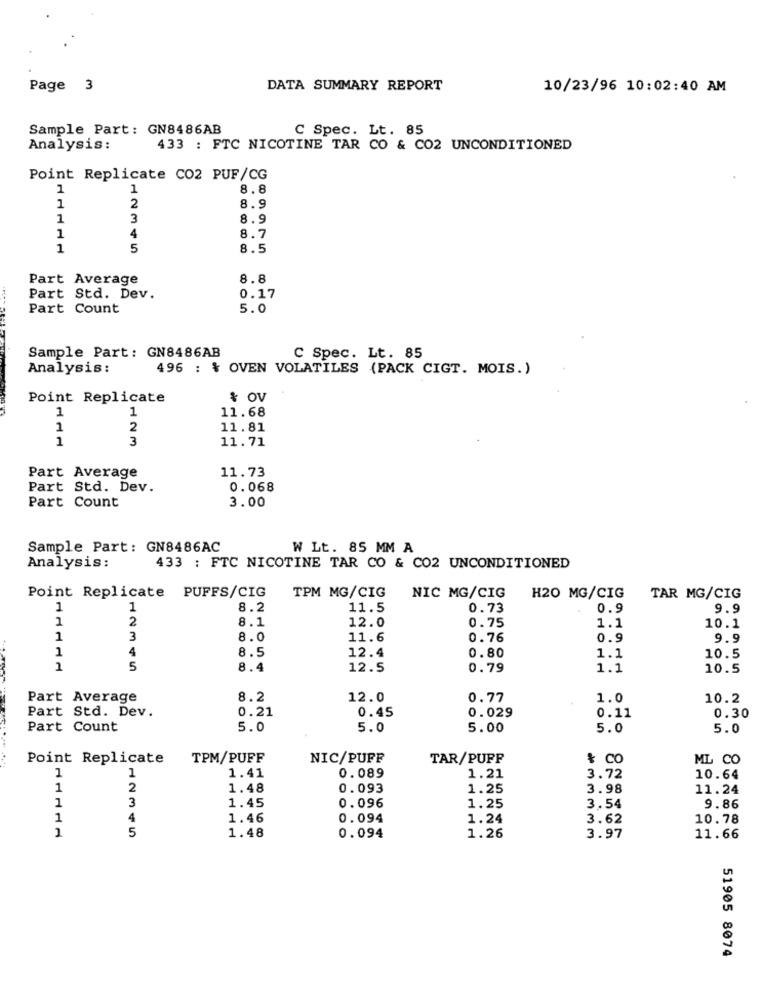
Page 3
DATA SUMMARY REPORT
10/23/96 10:02:40 AM
Sample Part: GN8486AB
C Spec. Lt. 85
Analysis:
433 : FTC NICOTINE TAR CO & CO2 UNCONDITIONED
Point Replicate CO2 PUF/CG
1
1
8.8
1
2
8.9
1
3
8.9
1
4
8.7
1
5
8.5
Part Average
8.8
Part Std. Dev.
0.17
Part Count
5.0
Sample Part: GN8486AB
C Spec. Lt. 85
Analysis:
496 : % OVEN VOLATILES (PACK CIGT. MOIS.)
Point Replicate
& OV
1
11.68
1
1
2
11.81
1
3
11.71
Part Average
11.73
Part Std. Dev.
0.068
Part Count
3.00
Sample Part: GN8486AC
W Lt. 85 MM A
Analysis:
433 : FTC NICOTINE TAR CO & CO2 UNCONDITIONED
Point Replicate PUFFS/CIG
TPM MG/CIG
NIC MG/CIG
H20 MG/CIG
TAR MG/CIG
1
1
8.2
11.5
0.73
0.9
9.9
1
2
8.1
0.75
12.0
1.1
10.1
1
3
8.0
11.6
0.76
0.9
9.9
1
4
12.4
0.80
8.5
1.1
10.5
1
5
8.4
12.5
0.79
1.1
10.5
Part Average
8.2
12.0
0.77
1.0
10.2
Part Std. Dev.
0.21
0.45
0.029
0.11
0.30
Part Count
5.0
5.0
5.00
5.0
5.0
Point Replicate
TPM/PUFF
NIC/PUFF
TAR/PUFF
& CO
ML CO
1
1
1.41
0.089
1.21
3.72
10.64
1
2
1.48
0.093
1.25
3.98
11.24
1
3
1.45
0.096
1.25
3.54
9.86
1
4
1.46
0.094
1.24
3.62
10.78
1
5
1.48
0.094
1.26
3.97
11.66
51905 8074